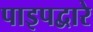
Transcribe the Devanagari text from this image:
पाइपद्वारे